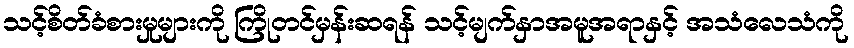
သင့်စိတ်ခံစားမှုများကို ကြိုတင်မှန်းဆရန် သင့်မျက်နှာအမူအရာနှင့် အသံလေသံကို